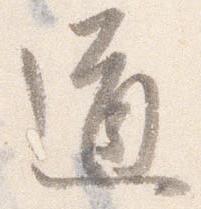
道